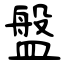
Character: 盤